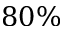
8 0 \%